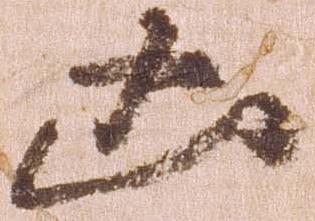
凶